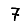
Digit: 7